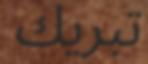
تبريك